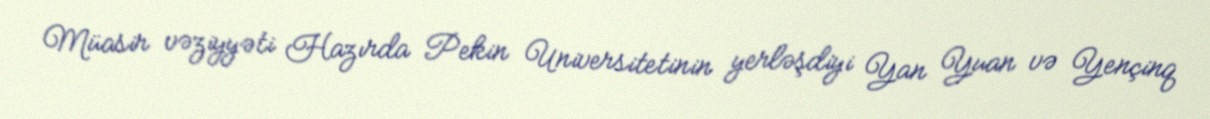
Müasir vəziyyəti Hazırda Pekin Universitetinin yerləşdiyi Yan Yuan və Yençinq